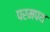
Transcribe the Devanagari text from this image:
परमपथ